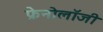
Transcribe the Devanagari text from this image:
फ्रेनोलॉजी